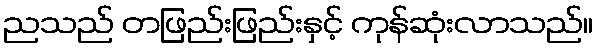
ညသည် တဖြည်းဖြည်းနှင့် ကုန်ဆုံးလာသည်။